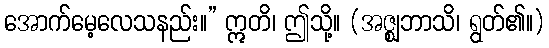
အောက်မေ့လေသနည်း။” ဣတိ၊ ဤသို့။ (အဇ္ဈဘာသိ၊ ရွတ်၏။)